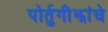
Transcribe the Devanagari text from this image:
पोर्तुगीझांचे